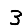
Digit: 3